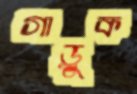
গাড়ুক